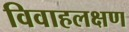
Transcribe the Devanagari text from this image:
विवाहलक्षण